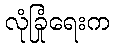
လုံခြုံရေးက